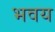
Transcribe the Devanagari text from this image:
भवय